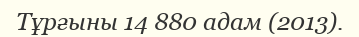
Тұрғыны 14 880 адам (2013).